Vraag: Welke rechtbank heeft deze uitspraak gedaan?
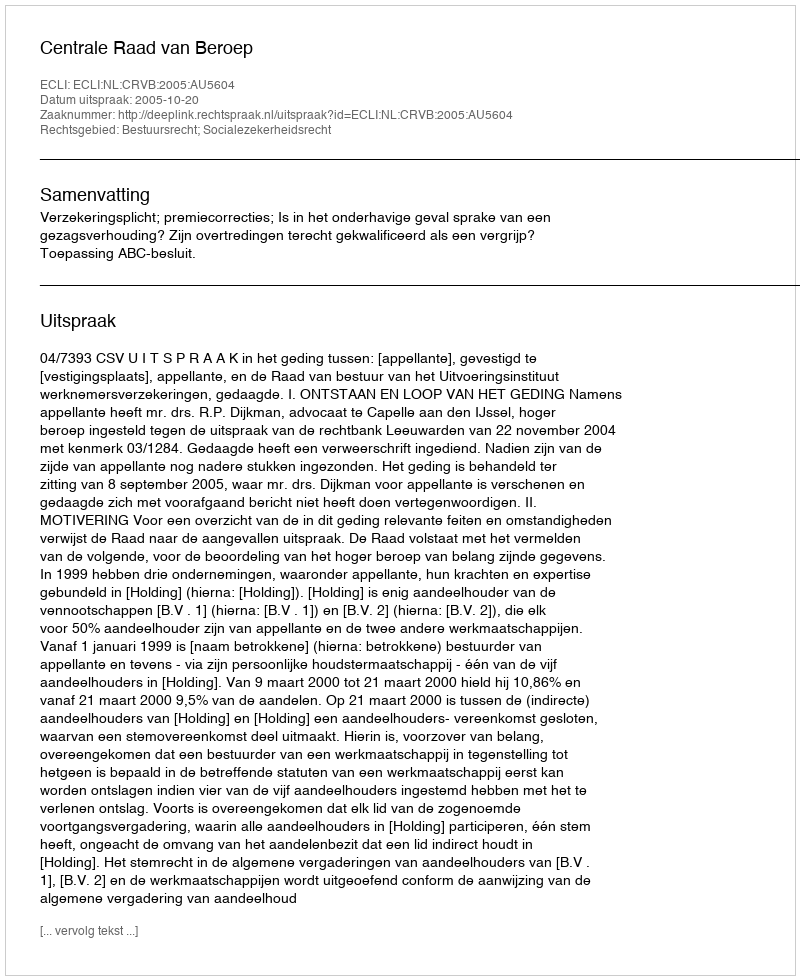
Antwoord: Centrale Raad van Beroep